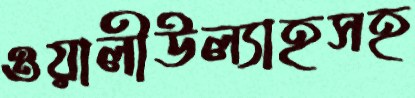
ওয়ালীউল্যাহসহ